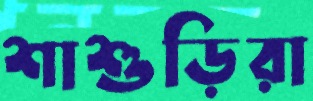
শাশুড়িরা